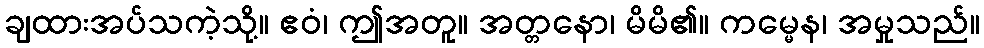
ချထားအပ်သကဲ့သို့။ ဧဝံ၊ ဤအတူ။ အတ္တနော၊ မိမိ၏။ ကမ္မေန၊ အမှုသည်။